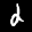
Label: 2